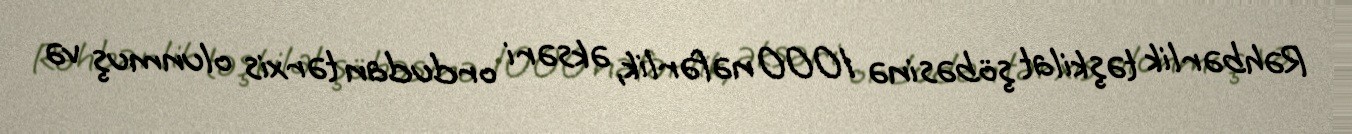
Rəhbərlik təşkilat şöbəsinə 1000 nəfərlik, əksəri ordudan tərxis olunmuş və